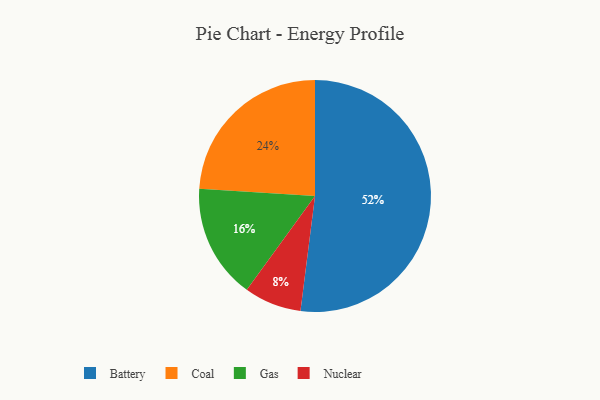
{"axis": {"x": "Category", "y": "Percentage"}, "legend": ["Battery", "Coal", "Gas", "Nuclear"], "data": [{"x": "Battery", "y": 52, "type": "Battery"}, {"x": "Nuclear", "y": 8, "type": "Nuclear"}, {"x": "Coal", "y": 24, "type": "Coal"}, {"x": "Gas", "y": 16, "type": "Gas"}]}